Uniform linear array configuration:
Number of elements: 32
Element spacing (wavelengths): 0.75
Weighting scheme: kaiser
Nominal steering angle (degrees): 0
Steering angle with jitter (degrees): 0.6891
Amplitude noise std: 0.05
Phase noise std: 0.05

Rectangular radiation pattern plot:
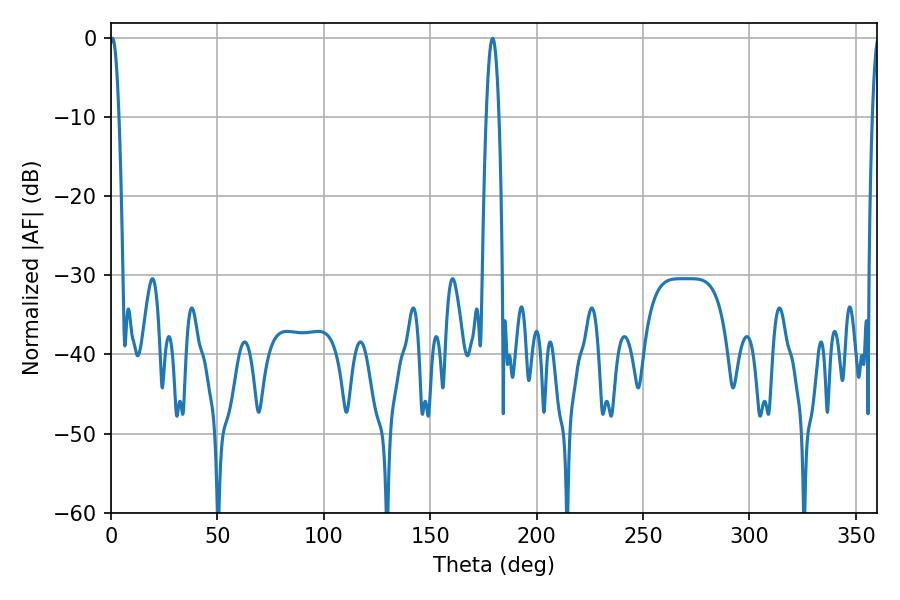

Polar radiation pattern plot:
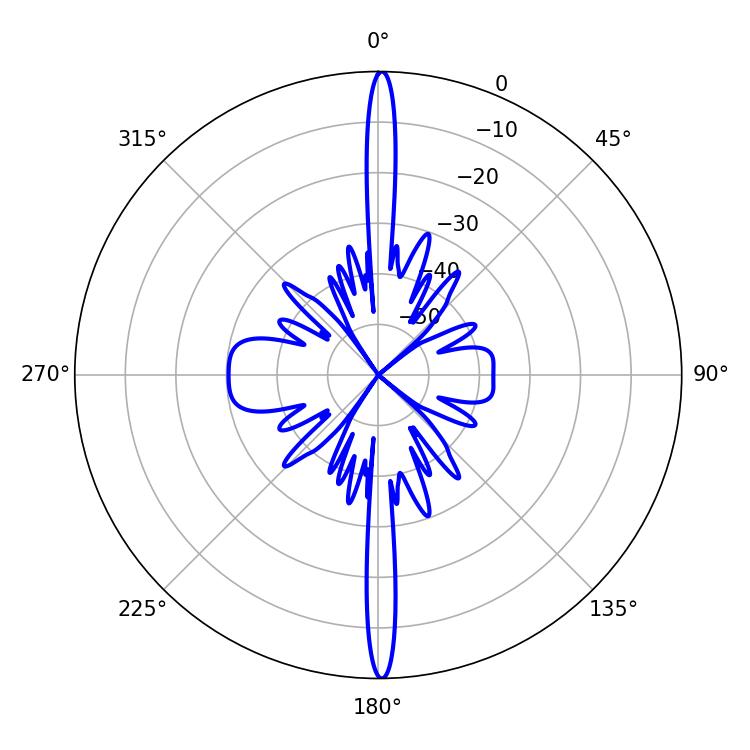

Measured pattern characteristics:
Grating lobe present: TRUE
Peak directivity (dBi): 32.127
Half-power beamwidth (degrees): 2.34
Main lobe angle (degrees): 0.72